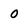
Character: 0